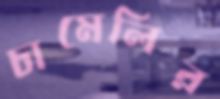
চামেলির